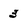
Character: 3